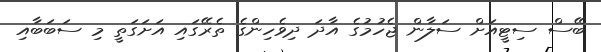
ބޭސް ސިޓީއަށް ސަލާން ޖެހުމުގެ އާދަ ދިވެހިންގެ ތެރޭގައި އަށަގަތީ މި ސަބަބާއި